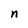
Character: n